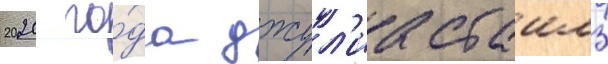
2020 го́да джул'иа стаилз